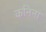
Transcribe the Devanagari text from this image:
कनिना